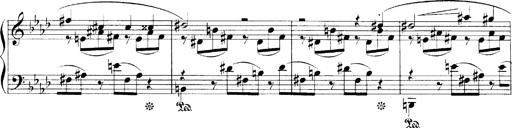
Title: LiebestrÃ¤ume
Composer: Franz Behr
Key: E-flat major